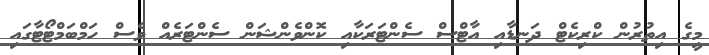
މީގެ އިތުރުން ކްރިކެޓް ދަނޑާއި އާޓްސް ސެންޓަރަކާއި ކޮންވެންޝަން ސެންޓަރެއް ވެސް ހަމްބަމްޓޯޓާގައި